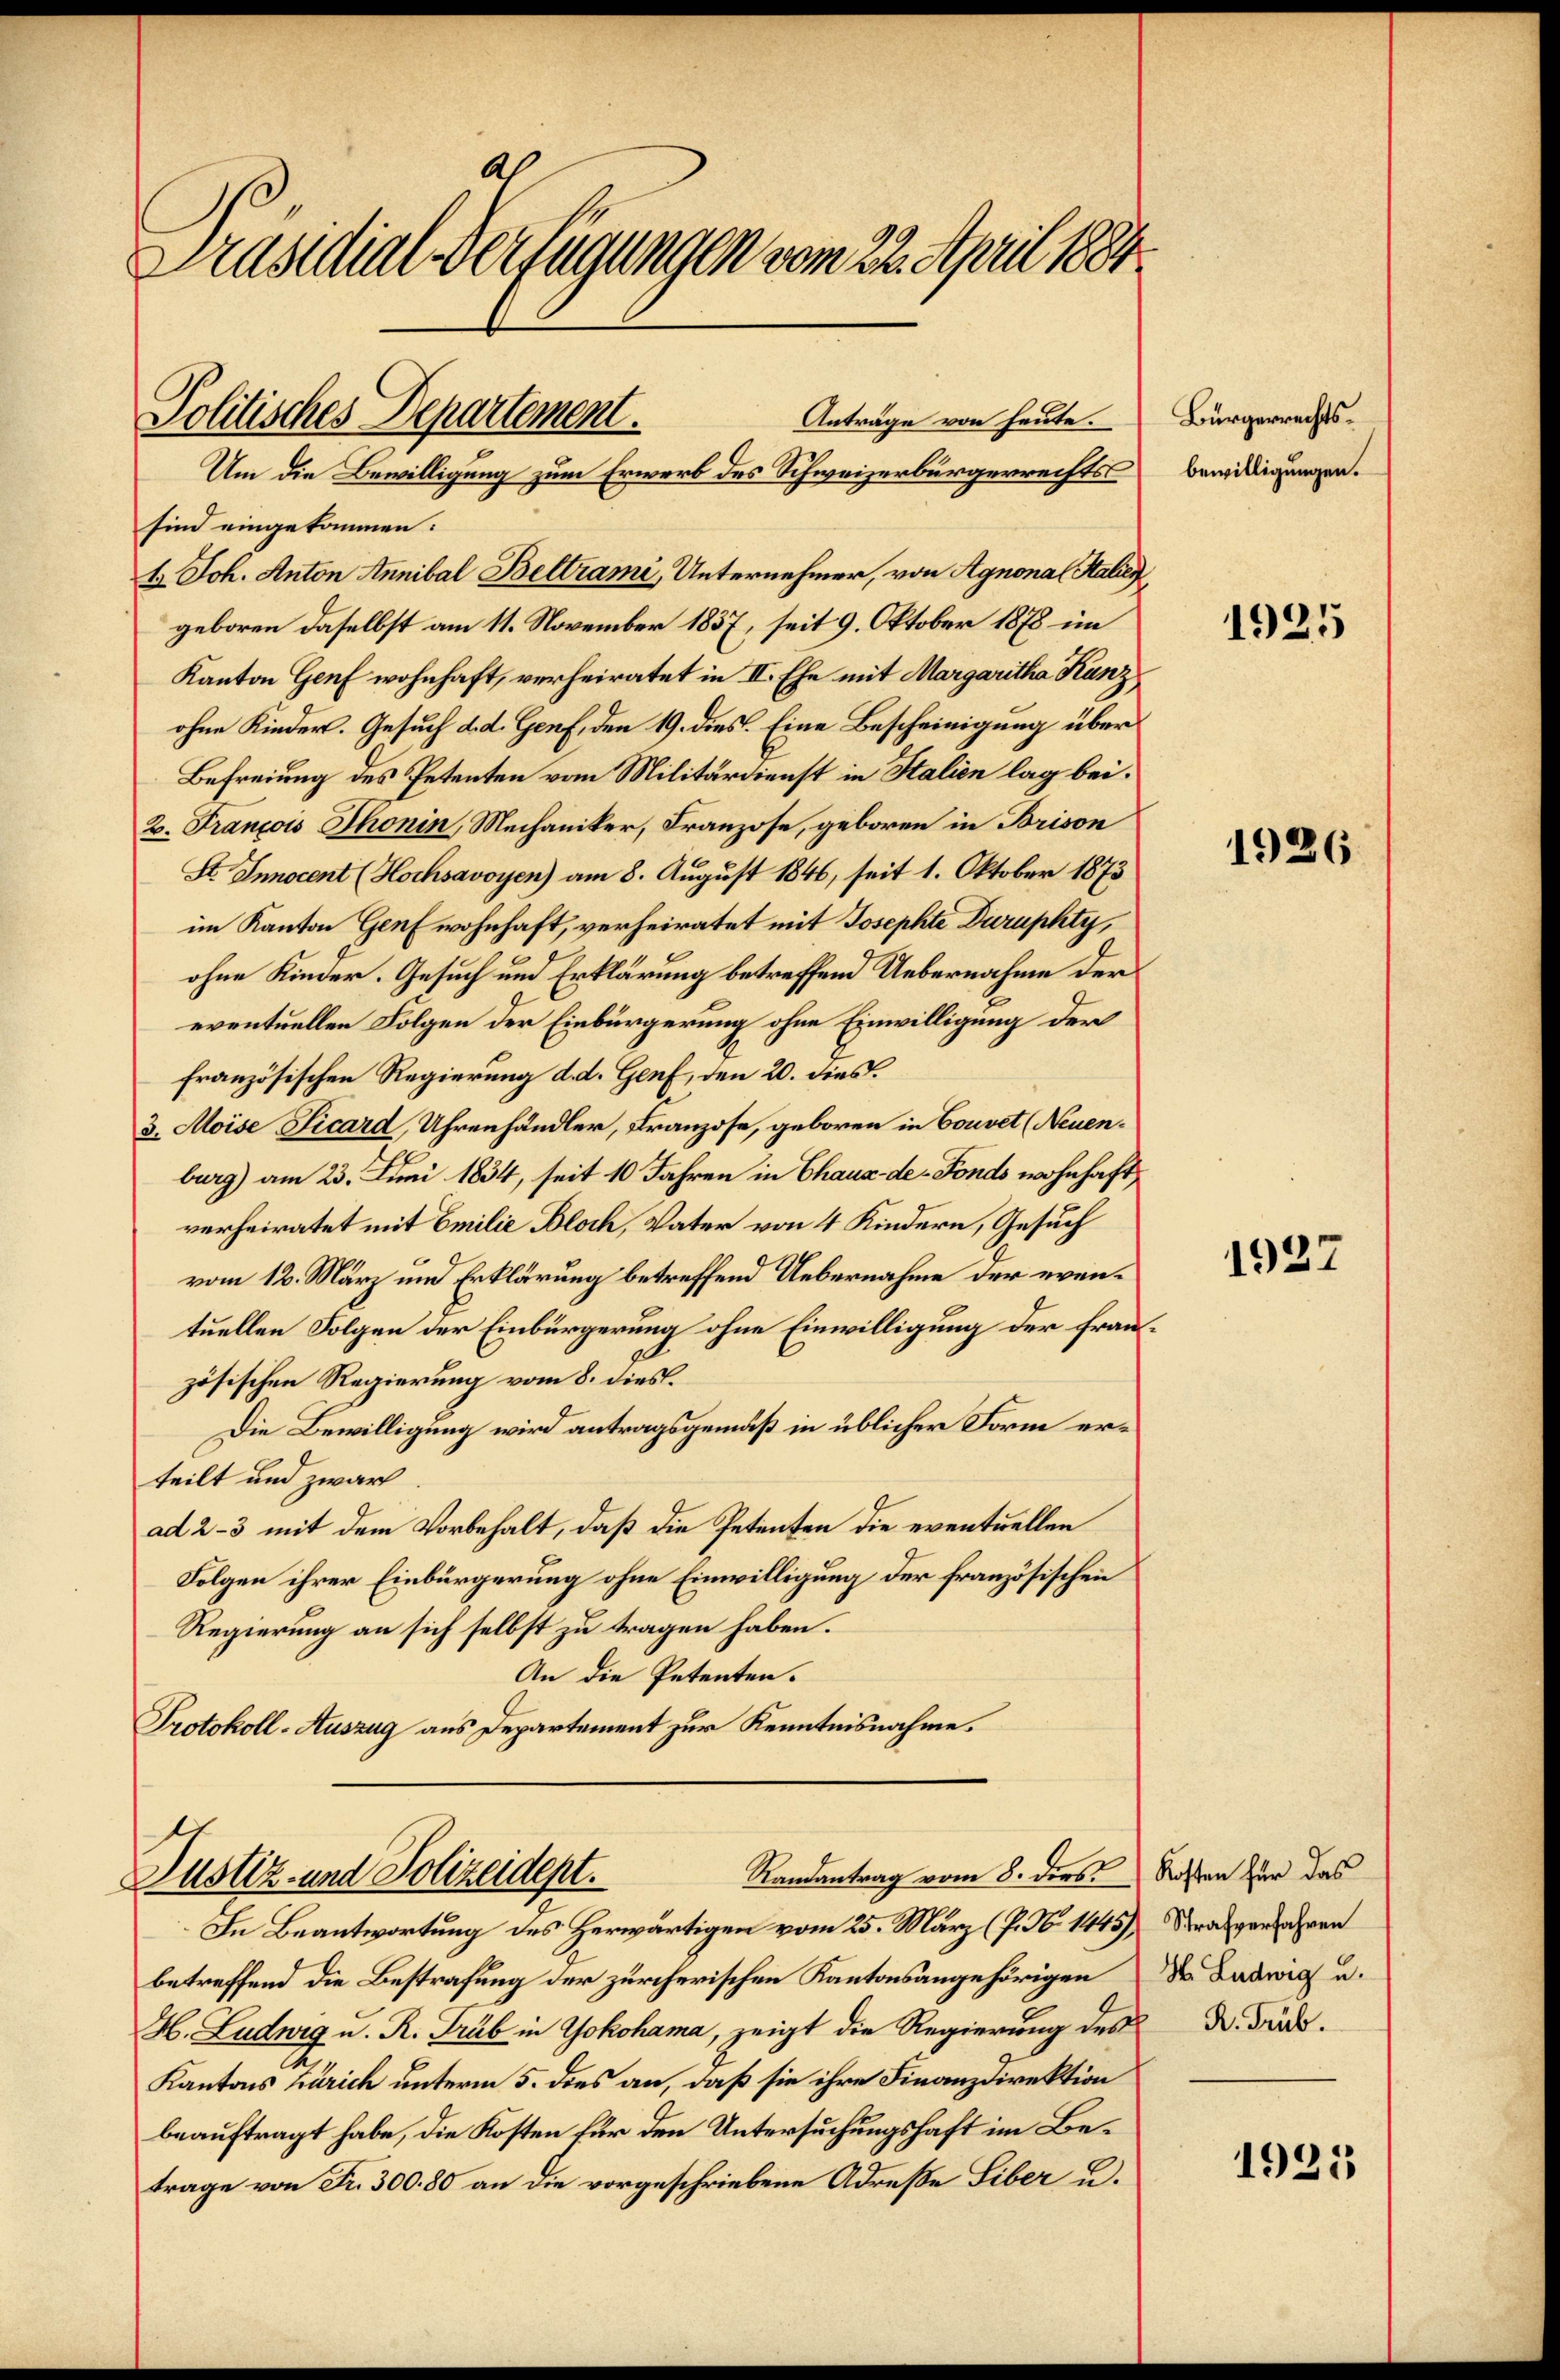
Präsidial-Verfügungen vom 22. April 1884.

sind eingekommen:
b. Joh. Anton Annibal Beltrami, Unternehmer, von Agnona Stalien
geboren daselbst am 11. November 1837, seit 9. Oktober 1878 im
Kanton Genf wohnhaft, verheiratet in II. Ehe mit Margaritha Kunz
ohne Kinders. Gesuch d. d. Genf, den 19. dies. Eine Bescheinigung über
Befreiung des Petenten vom Militärdienst in Italien lag bei¬
2. François Thonin, Mechaniker, Franzose, geboren in Brison
St. Innocent (Hochsavoyen) am 8. August 1846, seit 1. Oktober 1873
im Kanton Genf wohnhaft, verheiratet mit Josephte Duruphty,
ohne Kinder. Gesuch und Erklärung betreffend Uebernahme der
eventuellen Folgen der Einbürgerung ohne Einwilligung der
französischen Regierung d. d. Genf, den 20. dies.
3. Moise Sicard, Uhrenhändler, Franzose, geboren in Couvet (Neuenburg) am 23. Juni 1834, seit 10 Jahren in Chaux-de-Fonds wohnhaft,
verheiratet mit Emilie Bloch, Vater von 4 Kindern, Gesuch
vom 12. März und Erklärung betreffend Uebernahme der eventuellen Folgen der Einbürgerung ohne Einwilligung der frauzösischen Regierung vom 8. dies.
Die Bewilligung wird antragsgemäß in üblicher Form erteilt und zwar
ad 2-3 mit dem Vorbehalt, daß die Petenten die eventuellen
Folgen ihrer Einbürgerung ohne Einwilligung der französischen
Regierung an sich selbst zu tragen haben.
An die Petenten.
Protokoll-Auszug aus Departement zur Kenntnisnahme.

Politisches Departement.
Anträge von heute.
Um die Bewilligung zum Erwerb des Schweizerbürgerrechts

Ramantrag vom 8. dies Kosten für das
Justiz- und Polizeidept.

In Beantwortung des Herwärtigen vom 25. März (P. Nr. 1445), Strafverfahren
betreffend die Bestrafung der zürcherischen Kantonsangehörigen
H. Luduig u. R. Trub in Yokohama, zeigt die Regierung des Dr. Fr¬
Kantons Zürich unterm 5. dies an, daß sie ihre Finanzdirektion
beauftragt habe, die Kosten für den Untersuchungshaft im Betrage von Fr. 300. 80 an die vorgeschriebene Adresse Liber u.

Bürgerrechtsbewilligungen.

1925

1926

1927

H. Ludwig u.

1921